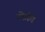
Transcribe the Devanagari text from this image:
टोफ़ी